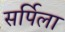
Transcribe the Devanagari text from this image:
सर्पिला